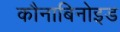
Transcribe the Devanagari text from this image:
कौनाबिनोइड